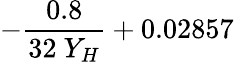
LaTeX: -\frac{0.8}{32\ Y_{H}}+0.02857